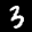
Label: 3